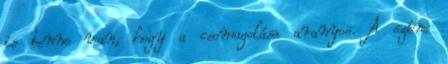
is benne van, hogy a csomagolása aranyos. A színe